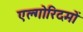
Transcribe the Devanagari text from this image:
एल्गोरिदमों